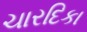
ચારદિકા